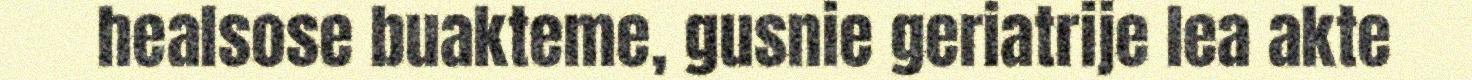
healsose buakteme, gusnie geriatrije lea akte